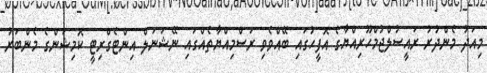
މިއަދު މެންދުރު ރައީސުލްޖުމްހޫރިއްޔާގެ އޮފީހުގައި ބޭއްވެވި ރަސްމިއްޔާތެއްގައި ނޭޝަނަލް އިންޓެގްރިޓީ ކޮމިޝަންގެ މެންބަރު